Indian journal of veterinary science and animal husbandry - Volumes 24-25, 1954-1955
Year: 1954
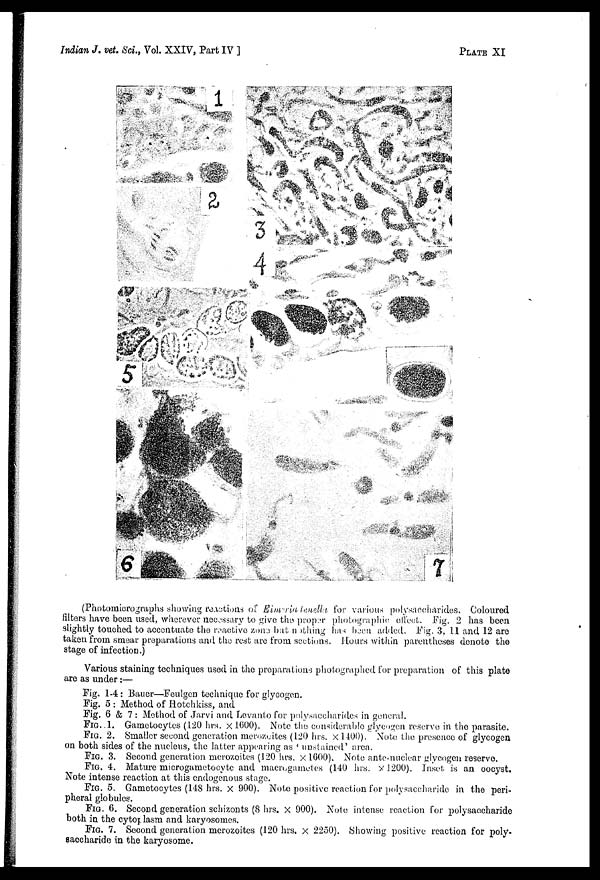
Indian J. vet. Sci., Vol. XXIV, Part IV ]
PLATE
XI
(Photomicrographs showing reactions of Eimeria tenella for various polysaccharides. Coloured
filters have been used, wherever necessary to give the proper photographic effect. Fig. 2 has been
slightly touched to accentuate the reactive zone but nothing has been added. Fig. 3, 11 and 12 are
taken from smear preparations and the rest are from sections. Hours within parentheses denote the
stage of infection.)
Various staining techniques used in the preparations photographed for preparation of this plate
are as under:—
Fig. 1-4: Bauer—Feulgen technique for glycogen.
Fig. 5 : Method of Hotchkiss, and
Fig. 6 & 7 : Method of Jarvi and Levanto for polysaccharides in general.
FIG.1.
Gametocytes (120 hrs. × 1600). Note the considerable glycogen reserve in the parasite.
FIG. 2. Smaller second generation merozoites (120 hrs. × 1400). Note the presence of glycogen
on both sides of the nucleus, the latter appearing as ' unstained' area.
FIG. 3. Second generation merozoites (120 hrs. × 1600). Note ante-nuclear glycogen reserve.
FIG. 4. Mature microgametocyte and macrogametes (140 hrs. × 1200). Inset is an oocyst.
Note intense reaction at this endogenous stage.
FIG. 5. Gametocytes (148 hrs. × 900). Note positive reaction for polysaccharide in the peri-
pheral globules.
FIG. 6. Second generation schizonts (8 hrs. × 900). Note intense reaction for polysaccharide
both in the cytoplasm and karyosomes.
FIG. 7. Second generation merozoites (120 hrs. × 2250). Showing positive reaction for poly-
saccharide in the karyosome.